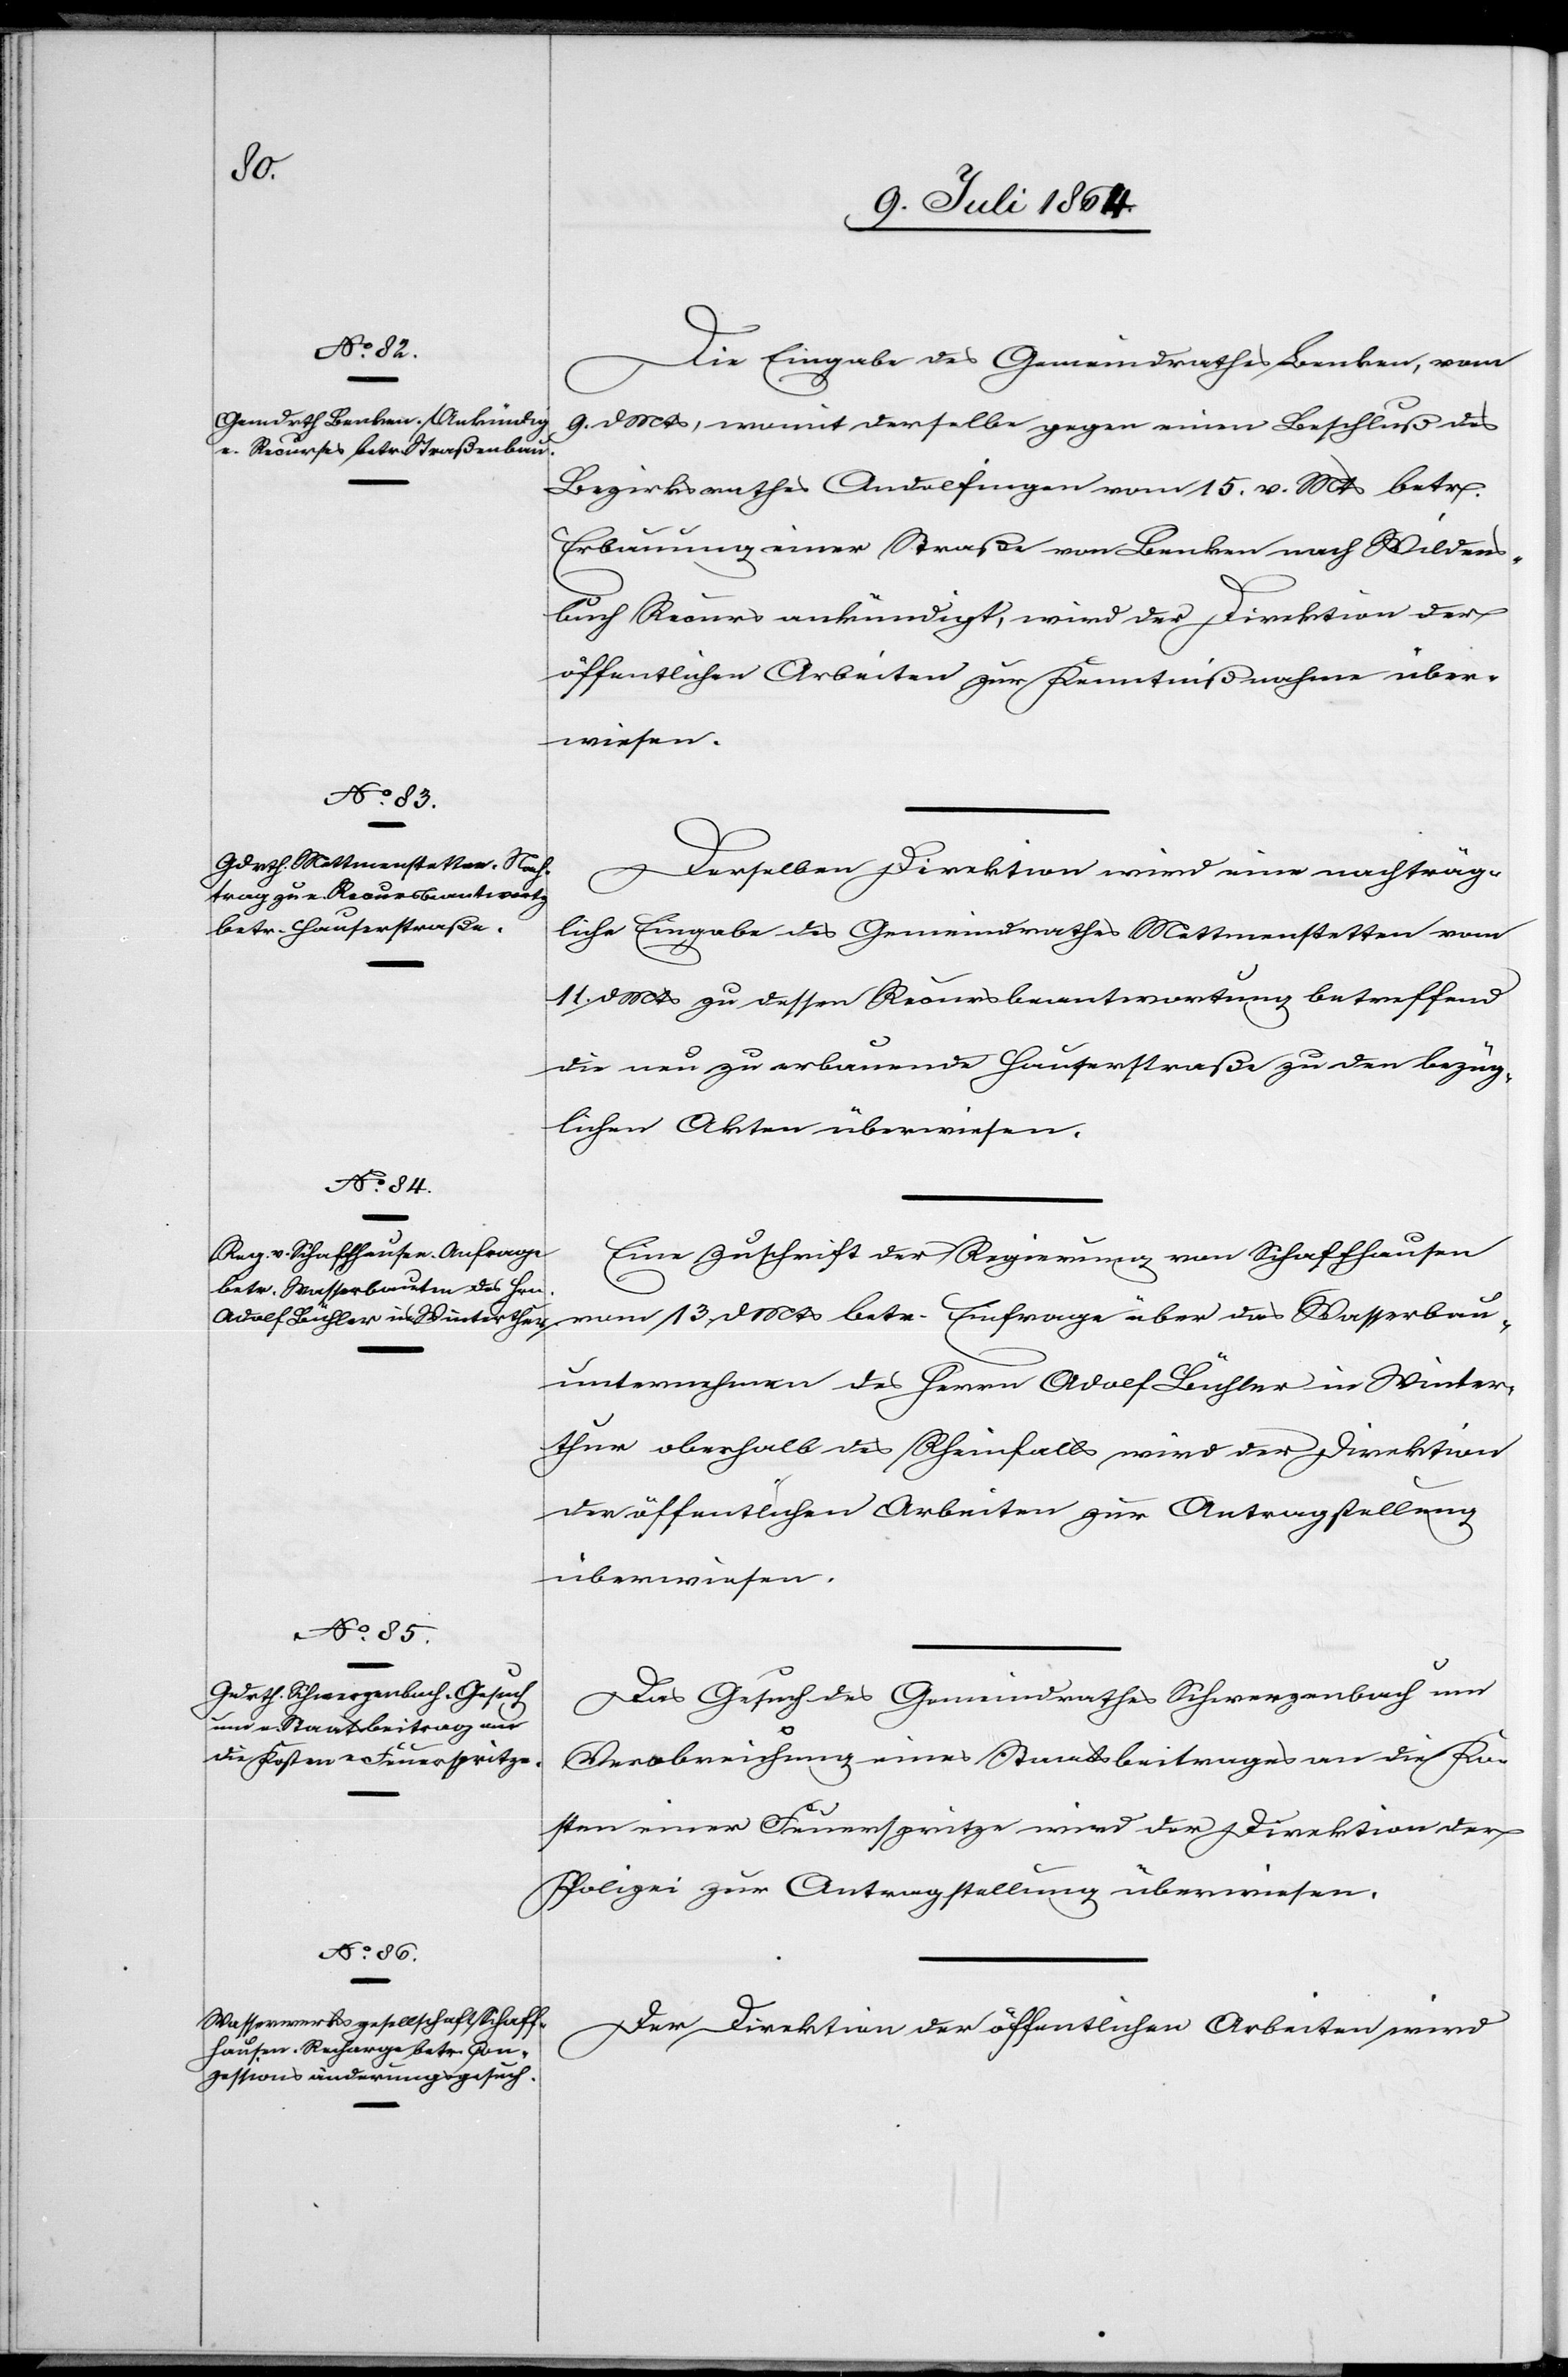
15. Juli 1864.]
Die Eingabe des Gemeindrathes Benken, vom
9. d. Mts., womit derselbe gegen einen Beschluß des
Bezirksamthes Andelfingen vom 15. v. Mts. betr.
Erbauung einer Straße von Benken nach Wildens¬
buch Recurs ankündigt, wird der Direktion der
öffentlichen Arbeiten zur Kenntnißnahme über¬
wiesen.
Derselben Direktion wird eine nachträg¬
liche Eingabe des Gemeindrathes Mettmenstetten vom
11. d. Mts. zu dessen Recursbeantwortung betreffend
die neu zu erbauende Hauserstraße zu den bezüg¬
lichen Akten überwiesen.
Eine Zuschrift der Regierung von Schaffhausen
vom 13 d. Mts. betr. Einfrage über das Wasserbau¬
unternehmen des Herrn Adolf Büchler in Winter¬
thur oberhalb des Rheinfalls wird der Direktion
der öffentlichen Arbeiten zur Antragstellung
überwiesen.
Das Gesuch des Gemeindrathes Schwerzenbach um
Verabreichung eines Staatsbeitrages an die Ko¬
sten einer Feuerspritze wird der Direktion der
Polizei zur Antragstellung überwiesen.
Der Direktion der öffentlichen Arbeiten wird